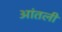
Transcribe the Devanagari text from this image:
आंतली